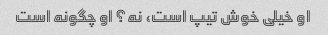
او خیلی خوش تیپ است، نه؟ او چگونه است